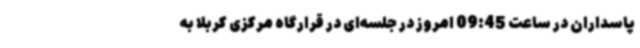
پاسداران در ساعت 09:45 امروز در جلسه‌ای در قرارگاه مرکزی کربلا به